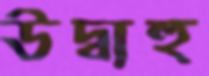
উদ্বাহু